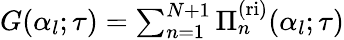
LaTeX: \begin{array}{r}{G(\alpha_{l};\tau)=\sum_{n=1}^{N+1}{\Pi}_{n}^{\mathrm{(ri)}}(\alpha_{l};\tau)}\end{array}